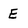
Character: E